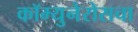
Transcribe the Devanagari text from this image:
कॉम्युनेरोसचा